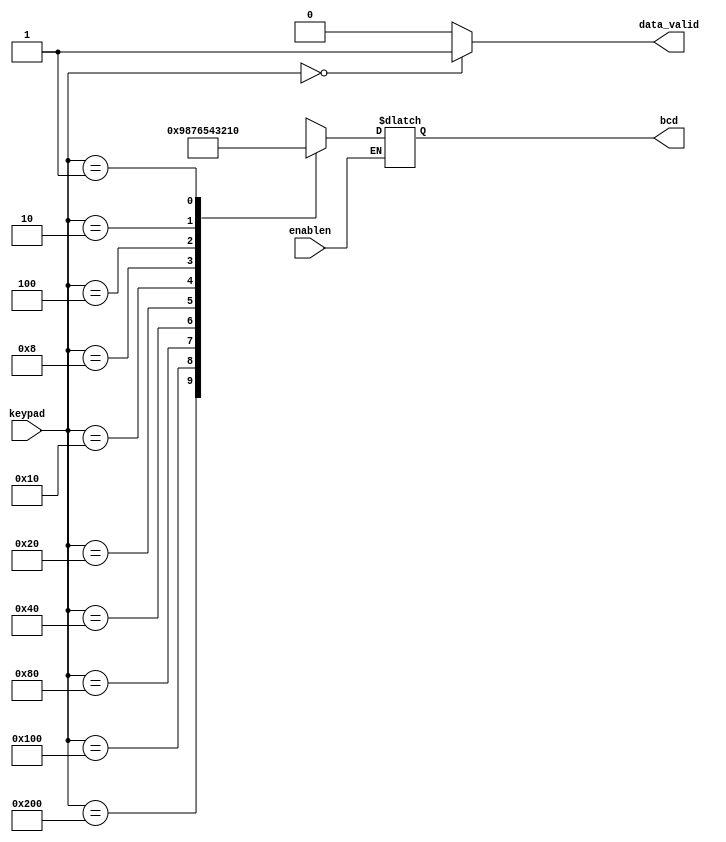
module priority_encoder(
    input wire [9:0] keypad,
    input wire enablen,
    output reg [3:0] bcd,
    output reg data_valid
);

    always @ (*) begin
        if(!enablen) begin
            case(keypad)
                10'b1000000000: bcd = 9;
                10'b0100000000: bcd = 8;
                10'b0010000000: bcd = 7;
                10'b0001000000: bcd = 6;
                10'b0000100000: bcd = 5;
                10'b0000010000: bcd = 4;
                10'b0000001000: bcd = 3;
                10'b0000000100: bcd = 2;
                10'b0000000010: bcd = 1;
                10'b0000000001: bcd = 0;
                default: bcd = 3'bxxx;
            endcase
        end
        
        data_valid = ((keypad == 10'b0000000000)? 1 : 0);
    end

     


endmodule